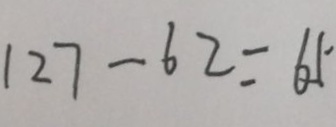
1 2 7 - 6 2 = 6 5